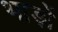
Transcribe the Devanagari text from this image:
भाड़ों